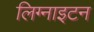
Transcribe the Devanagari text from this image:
लिग्नाइटन